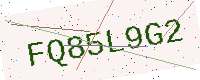
Text: FQ85L9G2